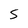
Character: S